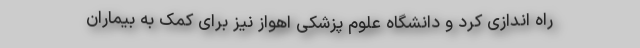
راه اندازی کرد و دانشگاه علوم پزشکی اهواز نیز برای کمک به بیماران